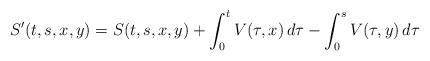
\begin{align*}S'(t,s,x,y)=S(t,s,x,y)+\int_0^t V(\tau,x)\, d\tau-\int_0^s V(\tau,y)\, d\tau\end{align*}